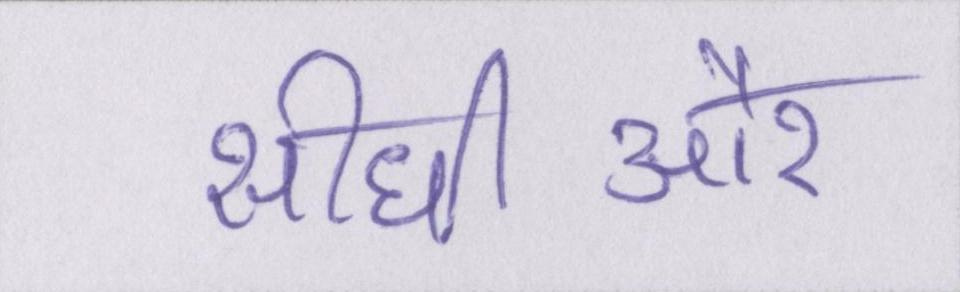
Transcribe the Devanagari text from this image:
सीधीऔर